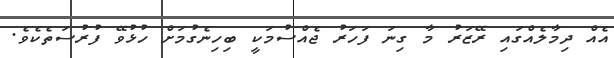
އެއް ދިމާލެއްގައި ރޭޒަރު މާ ގިނަ ފަހަރު ޖެއްސުމަކީ ބިހިނެގުމަށް ހުޅުވޭ ފުރުސަތެކެވެ.